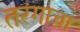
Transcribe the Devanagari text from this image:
तरंगाचा